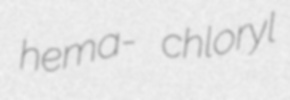
hema- chloryl